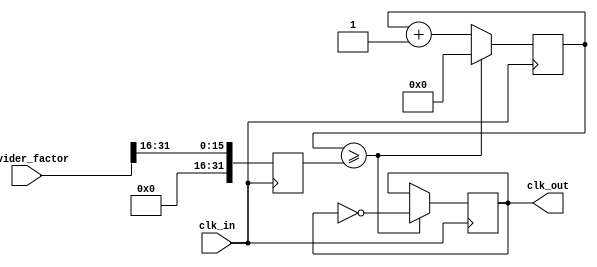
module floating_point_clock_divider (
  input wire clk_in,
  input wire [31:0] divider_factor, // Floating point factor
  output wire clk_out
);

  reg [31:0] counter;
  reg [31:0] divider_factor_int;
  reg [31:0] divider_factor_frac;
  
  always @ (posedge clk_in) begin
    counter <= counter + 1;
    // Divide the floating point factor into integer and fractional parts
    divider_factor_int <= divider_factor >> 16;
    divider_factor_frac <= divider_factor & 16'hFFFF;
    if (counter >= divider_factor_int) begin
      counter <= 0;
      clk_out <= ~clk_out;
    end
  end
  
endmodule